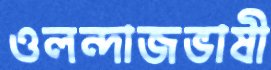
ওলন্দাজভাষী